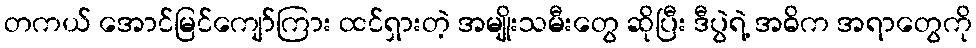
တကယ် အောင်မြင်ကျော်ကြား ထင်ရှားတဲ့ အမျိုးသမီးတွေ ဆိုပြီး ဒီပွဲရဲ့ အဓိက အရာတွေကို